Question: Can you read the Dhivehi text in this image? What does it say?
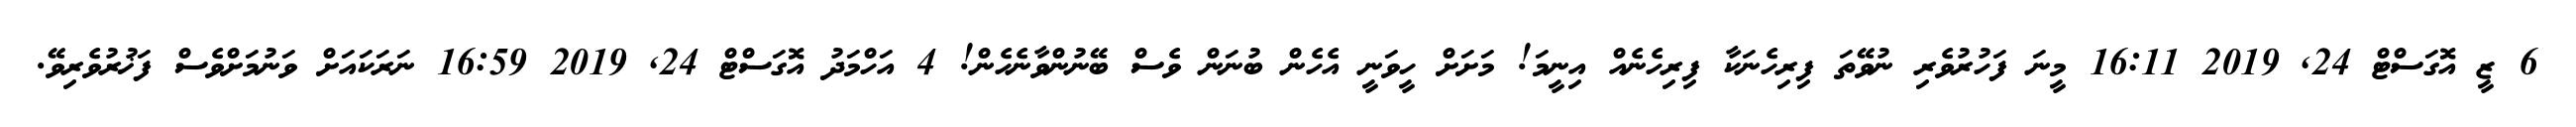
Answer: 6 ޒީ އޮގަސްޓް 24, 2019 16:11 މީނަ ފަހުރުވެރި ނުވޭތަ ފިރިހެނަކާ ފިރިހެނެއް އިނީމަ! މަށަށް ހީވަނީ އެހެން ބުނަން ވެސް ބޭނުންވާނެހެން! 4 އަހްމަދު އޮގަސްޓް 24, 2019 16:59 ނަރަކައަށް ވަނުމަށްވެސް ފަޚުރުވެރިވޭ.